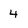
Character: 4